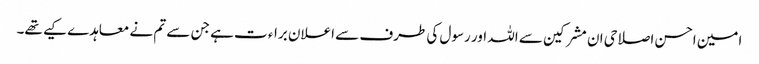
امین احسن اصلاحی ان مشرکین سے اللہ اور رسول کی طرف سے اعلان براء ت ہے جن سے تم نے معاہدے کیے تھے۔